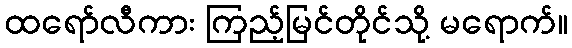
ထရော်လီကား ကြည့်မြင်တိုင်သို့ မရောက်။